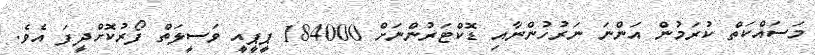
މަސައްކަތް ކުރަމުން އަންނަ ނަރުހުންނާއި ޑޮކްޓަރުންނަށް 184000 ޕީޕީއީ ވަސީލަތް ފޯރުކޮށްދީފަ އެވެ.